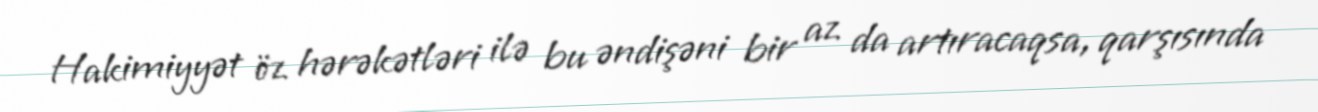
Hakimiyyət öz hərəkətləri ilə bu əndişəni bir az da artıracaqsa, qarşısında